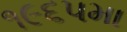
૧૯૬૫મા